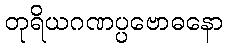
တုရိယဂဏပ္ပဗောဓနော